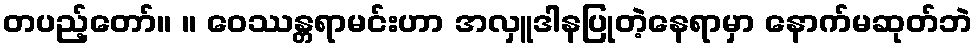
တပည့်တော်။ ။ ဝေဿန္တရာမင်းဟာ အလှူဒါနပြုတဲ့နေရာမှာ နောက်မဆုတ်ဘဲ